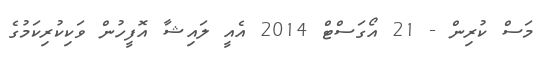
މަސް ކުރިން - 21 އޯގަސްޓް 2014 އެއީ ލައިޝާ އޮފީހުން ވަކިކުރިކަމުގެ